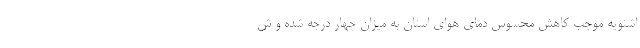
اشنویه موجب کاهش محسوس دمای هوای استان به میزان چهار درجه شده و ش